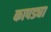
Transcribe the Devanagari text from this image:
कापड्या